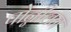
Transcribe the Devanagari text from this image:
पोन्नीलन